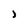
Character: J